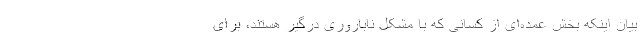
بیان اینکه بخش عمده‌ای از کسانی که با مشکل ناباروری درگیر هستند، برای